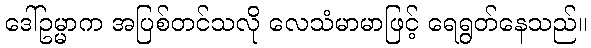
ဒေါ်ဥမ္မာက အပြစ်တင်သလို လေသံမာမာဖြင့် ရေရွတ်နေသည်။